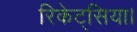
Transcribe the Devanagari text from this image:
रिकेट्सिया।